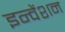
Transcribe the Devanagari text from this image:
इन्वेंशन